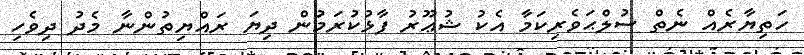
ހަތިޔާރެއް ނެތް ސުލްޙަވެރިކަމާ އެކު ޝުޢޫރު ފާޅުކުރަމުން ދިޔަ ރައްޔިތުންނާ މެދު ދިވެހި